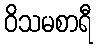
ဝိသမစာရီ